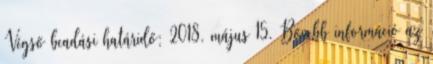
Végső beadási határidő: 2018. május 15. Bővebb információ az